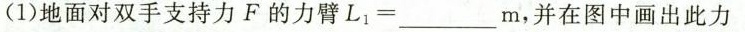
(1)地面对双手支持力F的力臂$$L _ { 1 } =___m$$，并在图中画出此